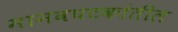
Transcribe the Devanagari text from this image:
मानवघटकांतील